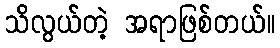
သိလွယ်တဲ့ အရာဖြစ်တယ်။